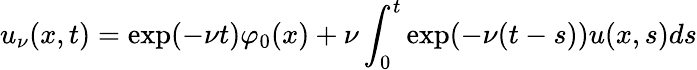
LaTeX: u_{\nu}(x,t)=\exp(-\nu t)\varphi_{0}(x)+\nu\int_{0}^{t}\exp(-\nu(t-s))u(x,s)ds